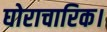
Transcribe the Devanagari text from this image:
घोराचारिक।